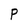
Character: P